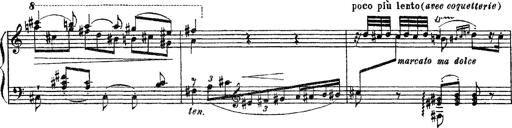
Title: Apparitions
Composer: Franz Liszt